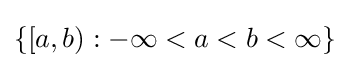
\{[a,b):-\infty <a<b<\infty \}